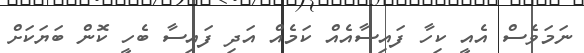
ނަމަވެސް އެއީ ކިހާ ފައިސާއެއް ކަމެއް އަދި ފައިސާ ބެހީ ކޮން ބަޔަކަށް